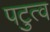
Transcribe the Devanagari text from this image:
पटुत्व